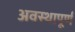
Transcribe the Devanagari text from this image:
अवस्थापूर्ण